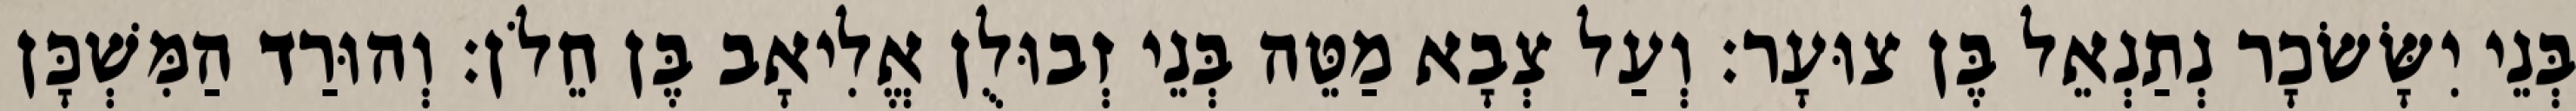
בְּנֵי יִשָּׂשׂכָר נְתַנְאֵל בֶּן צוּעָר׃ וְעַל צְבָא מַטֵּה בְּנֵי זְבוּלֻן אֱלִיאָב בֶּן חֵלֹן׃ וְהוּרַד הַמִּשְׁכָּן